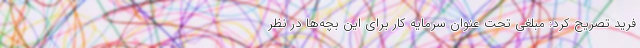
فرید تصریح کرد: مبلغی تحت عنوان سرمایه کار برای این بچه‌ها در نظر